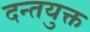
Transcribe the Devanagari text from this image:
दन्तयुक्त